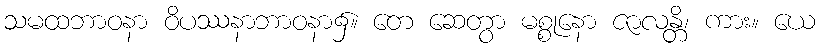
သမထဘာဝနာ ဝိပဿနာဘာဝနာ၌။ တေ ဆေတွာ မစ္စုနော ဇာလန္တိ၊ ကား။ ယေ